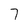
Character: 7